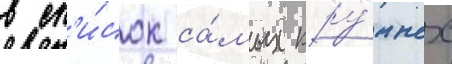
в сп'и́сок са́мых кру́пных